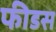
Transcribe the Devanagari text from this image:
फीडस